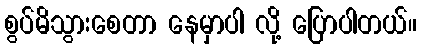
စွပ်မိသွားစေတာ နေမှာပါ လို့ ပြောပါတယ်။